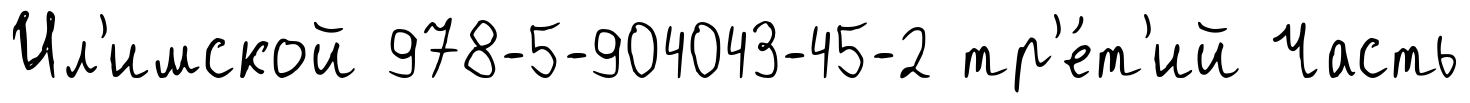
Ил'имской 978-5-904043-45-2 тр'е́т'ий Часть